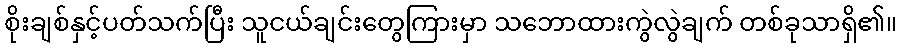
စိုးချစ်နှင့်ပတ်သက်ပြီး သူငယ်ချင်းတွေကြားမှာ သဘောထားကွဲလွဲချက် တစ်ခုသာရှိ၏။